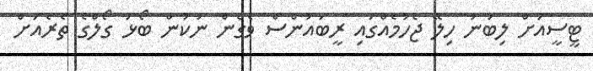
ޓީސީއަށް ލިބުނު ހިލޭ ޖެހުމެއްގައި ރީބައުންސް ވެގެން ނުކުން ބޯޅަ ގޯލްގެ ތެރެއަށް